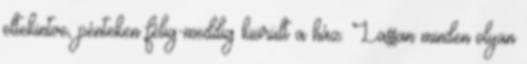
eltekintve, pénteken félig-meddig kiürült a ház. Lassan minden olyan